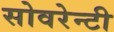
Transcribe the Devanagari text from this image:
सोवरेन्टी